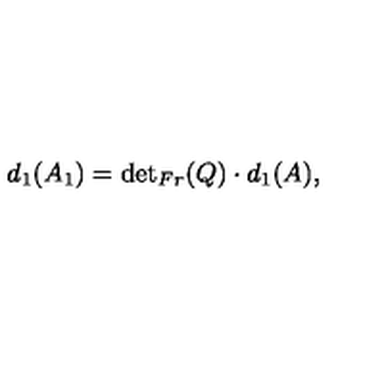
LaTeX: d _ { 1 } ( A _ { 1 } ) = { \det } _ { F r } ( Q ) \cdot d _ { 1 } ( A ) ,